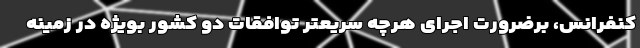
کنفرانس، برضرورت اجرای هرچه سریعتر توافقات دو کشور بویژه در زمینه